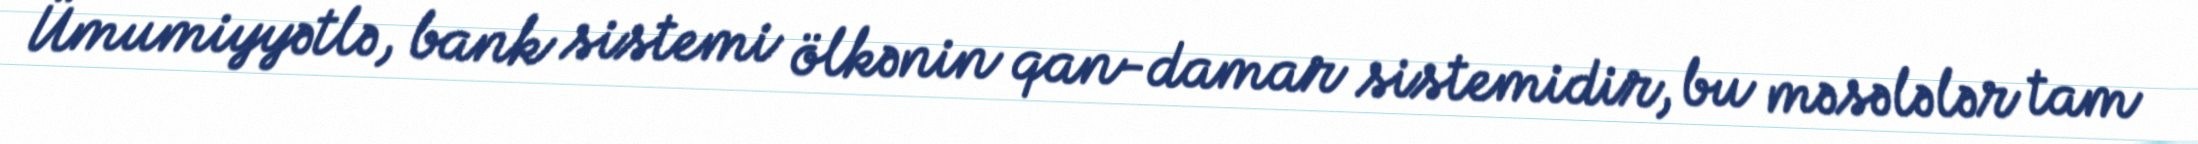
Ümumiyyətlə, bank sistemi ölkənin qan-damar sistemidir, bu məsələlər tam